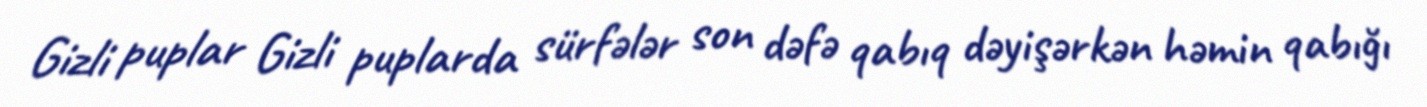
Gizli puplar Gizli puplarda sürfələr son dəfə qabıq dəyişərkən həmin qabığı